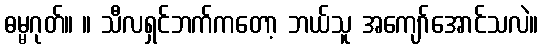
ဓမ္မဂုတ်။ ။ သီလရှင်ဘက်ကတော့ ဘယ်သူ အကျော်အောင်သလဲ။